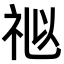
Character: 𥙩